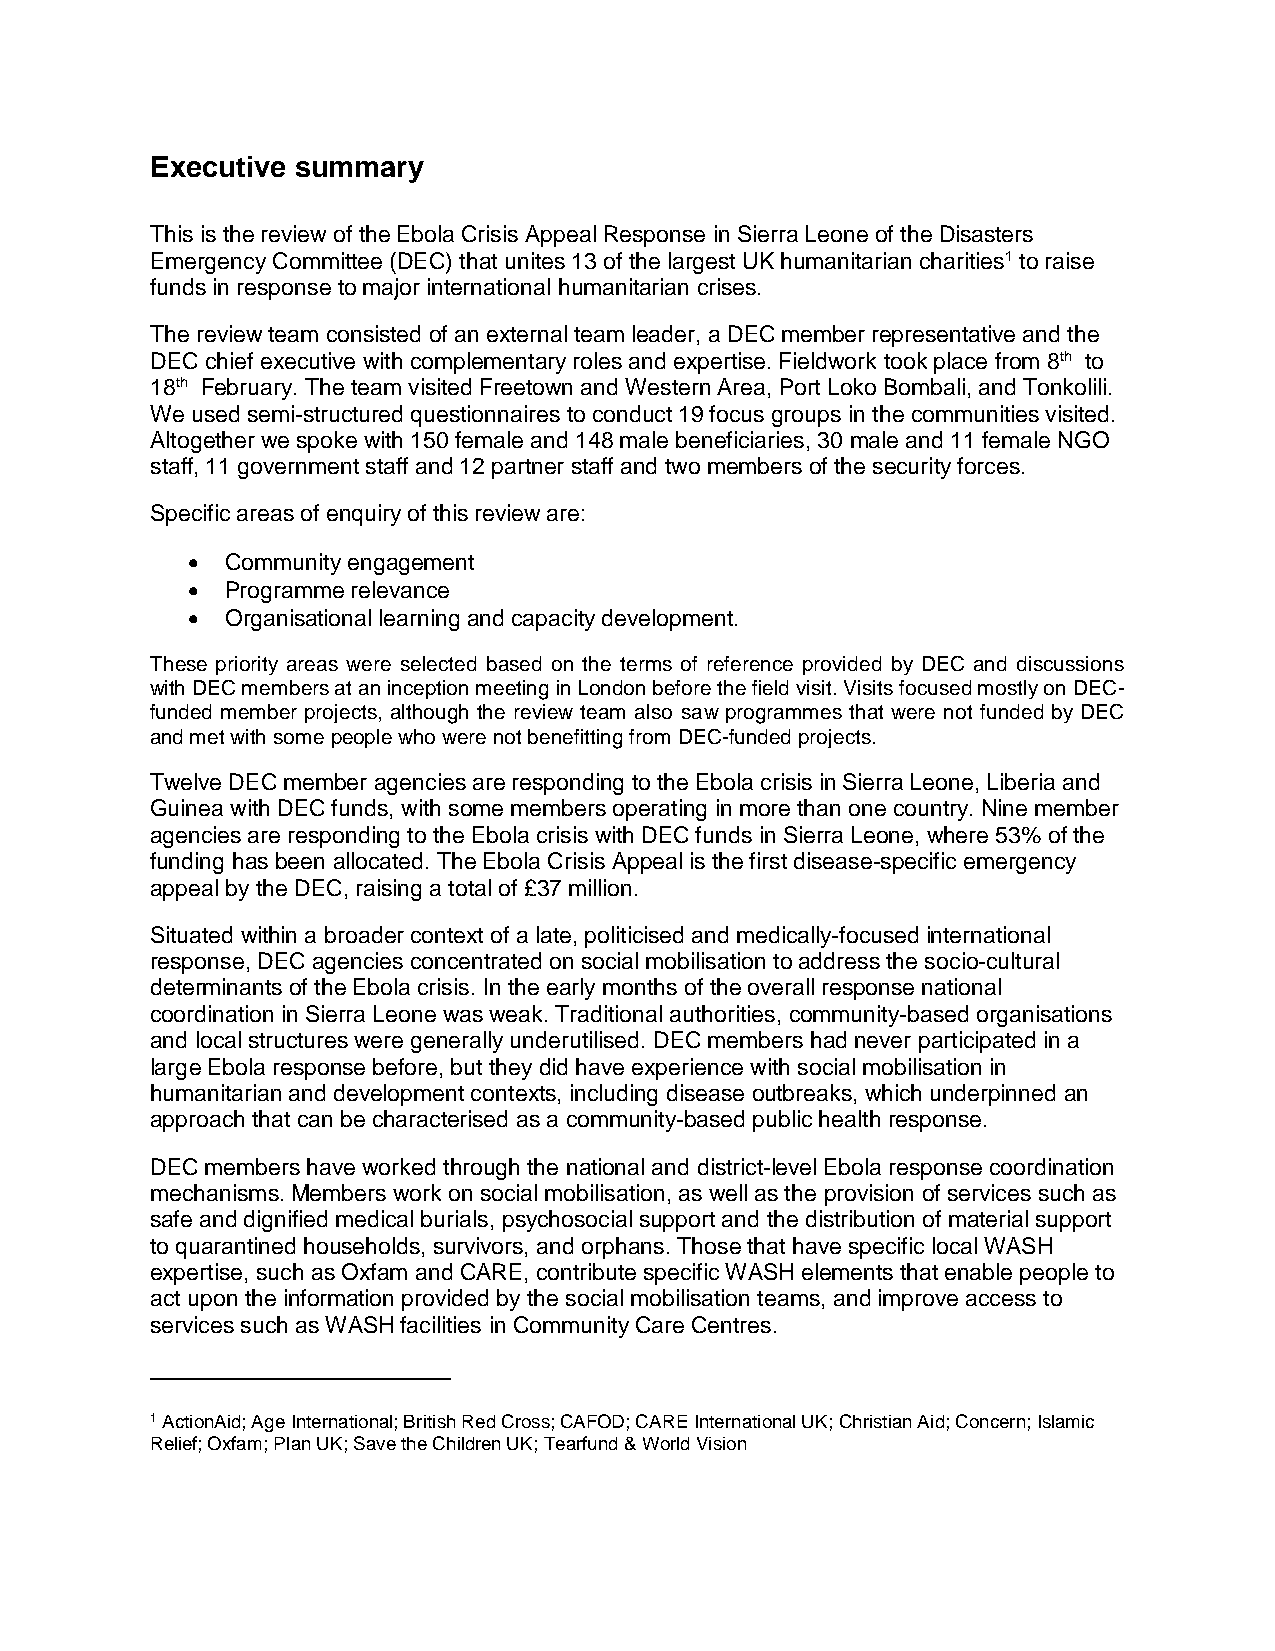
Executive summary
 This is the review of the Ebola Crisis Appeal Response in Sierra Leone of the Disasters
 Emergency Committee (DEC) that unites 13 of the largest UK humanitarian charities1 to raise
 funds in response to major international humanitarian crises.
 The review team consisted of an external team leader, a DEC member representative and the
 DEC chief executive with complementary roles and expertise. Fieldwork took place from 8th to
 18th February. The team visited Freetown and Western Area, Port Loko Bombali, and Tonkolili.
 We used semi-structured questionnaires to conduct 19 focus groups in the communities visited.
 Altogether we spoke with 150 female and 148 male beneficiaries, 30 male and 11 female NGO
 staff, 11 government staff and 12 partner staff and two members of the security forces.
 Specific areas of enquiry of this review are:
   Community engagement
   Programme relevance
   Organisational learning and capacity development.
 These priority areas were selected based on the terms of reference provided by DEC and discussions
 with DEC members at an inception meeting in London before the field visit. Visits focused mostly on DEC-
 funded member projects, although the review team also saw programmes that were not funded by DEC
 and met with some people who were not benefitting from DEC-funded projects.
 Twelve DEC member agencies are responding to the Ebola crisis in Sierra Leone, Liberia and
 Guinea with DEC funds, with some members operating in more than one country. Nine member
 agencies are responding to the Ebola crisis with DEC funds in Sierra Leone, where 53% of the
 funding has been allocated. The Ebola Crisis Appeal is the first disease-specific emergency
 appeal by the DEC, raising a total of £37 million.
 Situated within a broader context of a late, politicised and medically-focused international
 response, DEC agencies concentrated on social mobilisation to address the socio-cultural
 determinants of the Ebola crisis. In the early months of the overall response national
 coordination in Sierra Leone was weak. Traditional authorities, community-based organisations
 and local structures were generally underutilised. DEC members had never participated in a
 large Ebola response before, but they did have experience with social mobilisation in
 humanitarian and development contexts, including disease outbreaks, which underpinned an
 approach that can be characterised as a community-based public health response.
 DEC members have worked through the national and district-level Ebola response coordination
 mechanisms. Members work on social mobilisation, as well as the provision of services such as
 safe and dignified medical burials, psychosocial support and the distribution of material support
 to quarantined households, survivors, and orphans. Those that have specific local WASH
 expertise, such as Oxfam and CARE, contribute specific WASH elements that enable people to
 act upon the information provided by the social mobilisation teams, and improve access to
 services such as WASH facilities in Community Care Centres.
 1 ActionAid; Age International; British Red Cross; CAFOD; CARE International UK; Christian Aid; Concern; Islamic
 Relief; Oxfam; Plan UK; Save the Children UK; Tearfund & World Vision